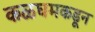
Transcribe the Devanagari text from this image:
कळघमकडून